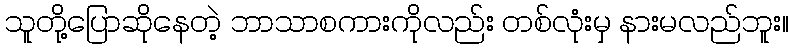
သူတို့ပြောဆိုနေတဲ့ ဘာသာစကားကိုလည်း တစ်လုံးမှ နားမလည်ဘူး။